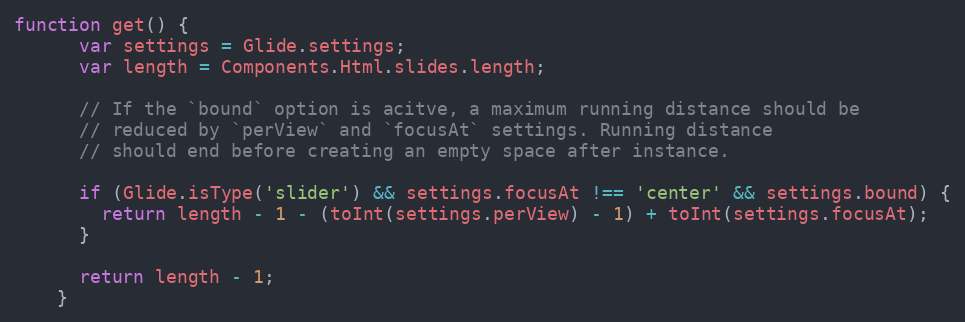
Language: JavaScript
function get() {
      var settings = Glide.settings;
      var length = Components.Html.slides.length;

      // If the `bound` option is acitve, a maximum running distance should be
      // reduced by `perView` and `focusAt` settings. Running distance
      // should end before creating an empty space after instance.

      if (Glide.isType('slider') && settings.focusAt !== 'center' && settings.bound) {
        return length - 1 - (toInt(settings.perView) - 1) + toInt(settings.focusAt);
      }

      return length - 1;
    }